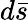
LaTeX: d\bar{s}